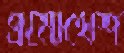
প্রমোথেশ